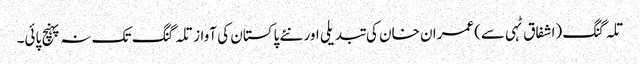
تلہ گنگ (اشفاق ٹہی سے)عمران خان کی تبدیلی اور نئے پاکستان کی آواز تلہ گنگ تک نہ پہنچ پائی۔